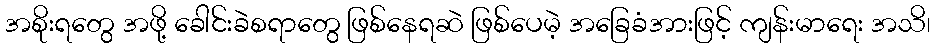
အစိုးရတွေ အဖို့ ခေါင်းခဲစရာတွေ ဖြစ်နေရဆဲ ဖြစ်ပေမဲ့ အခြေခံအားဖြင့် ကျန်းမာရေး အသိ၊